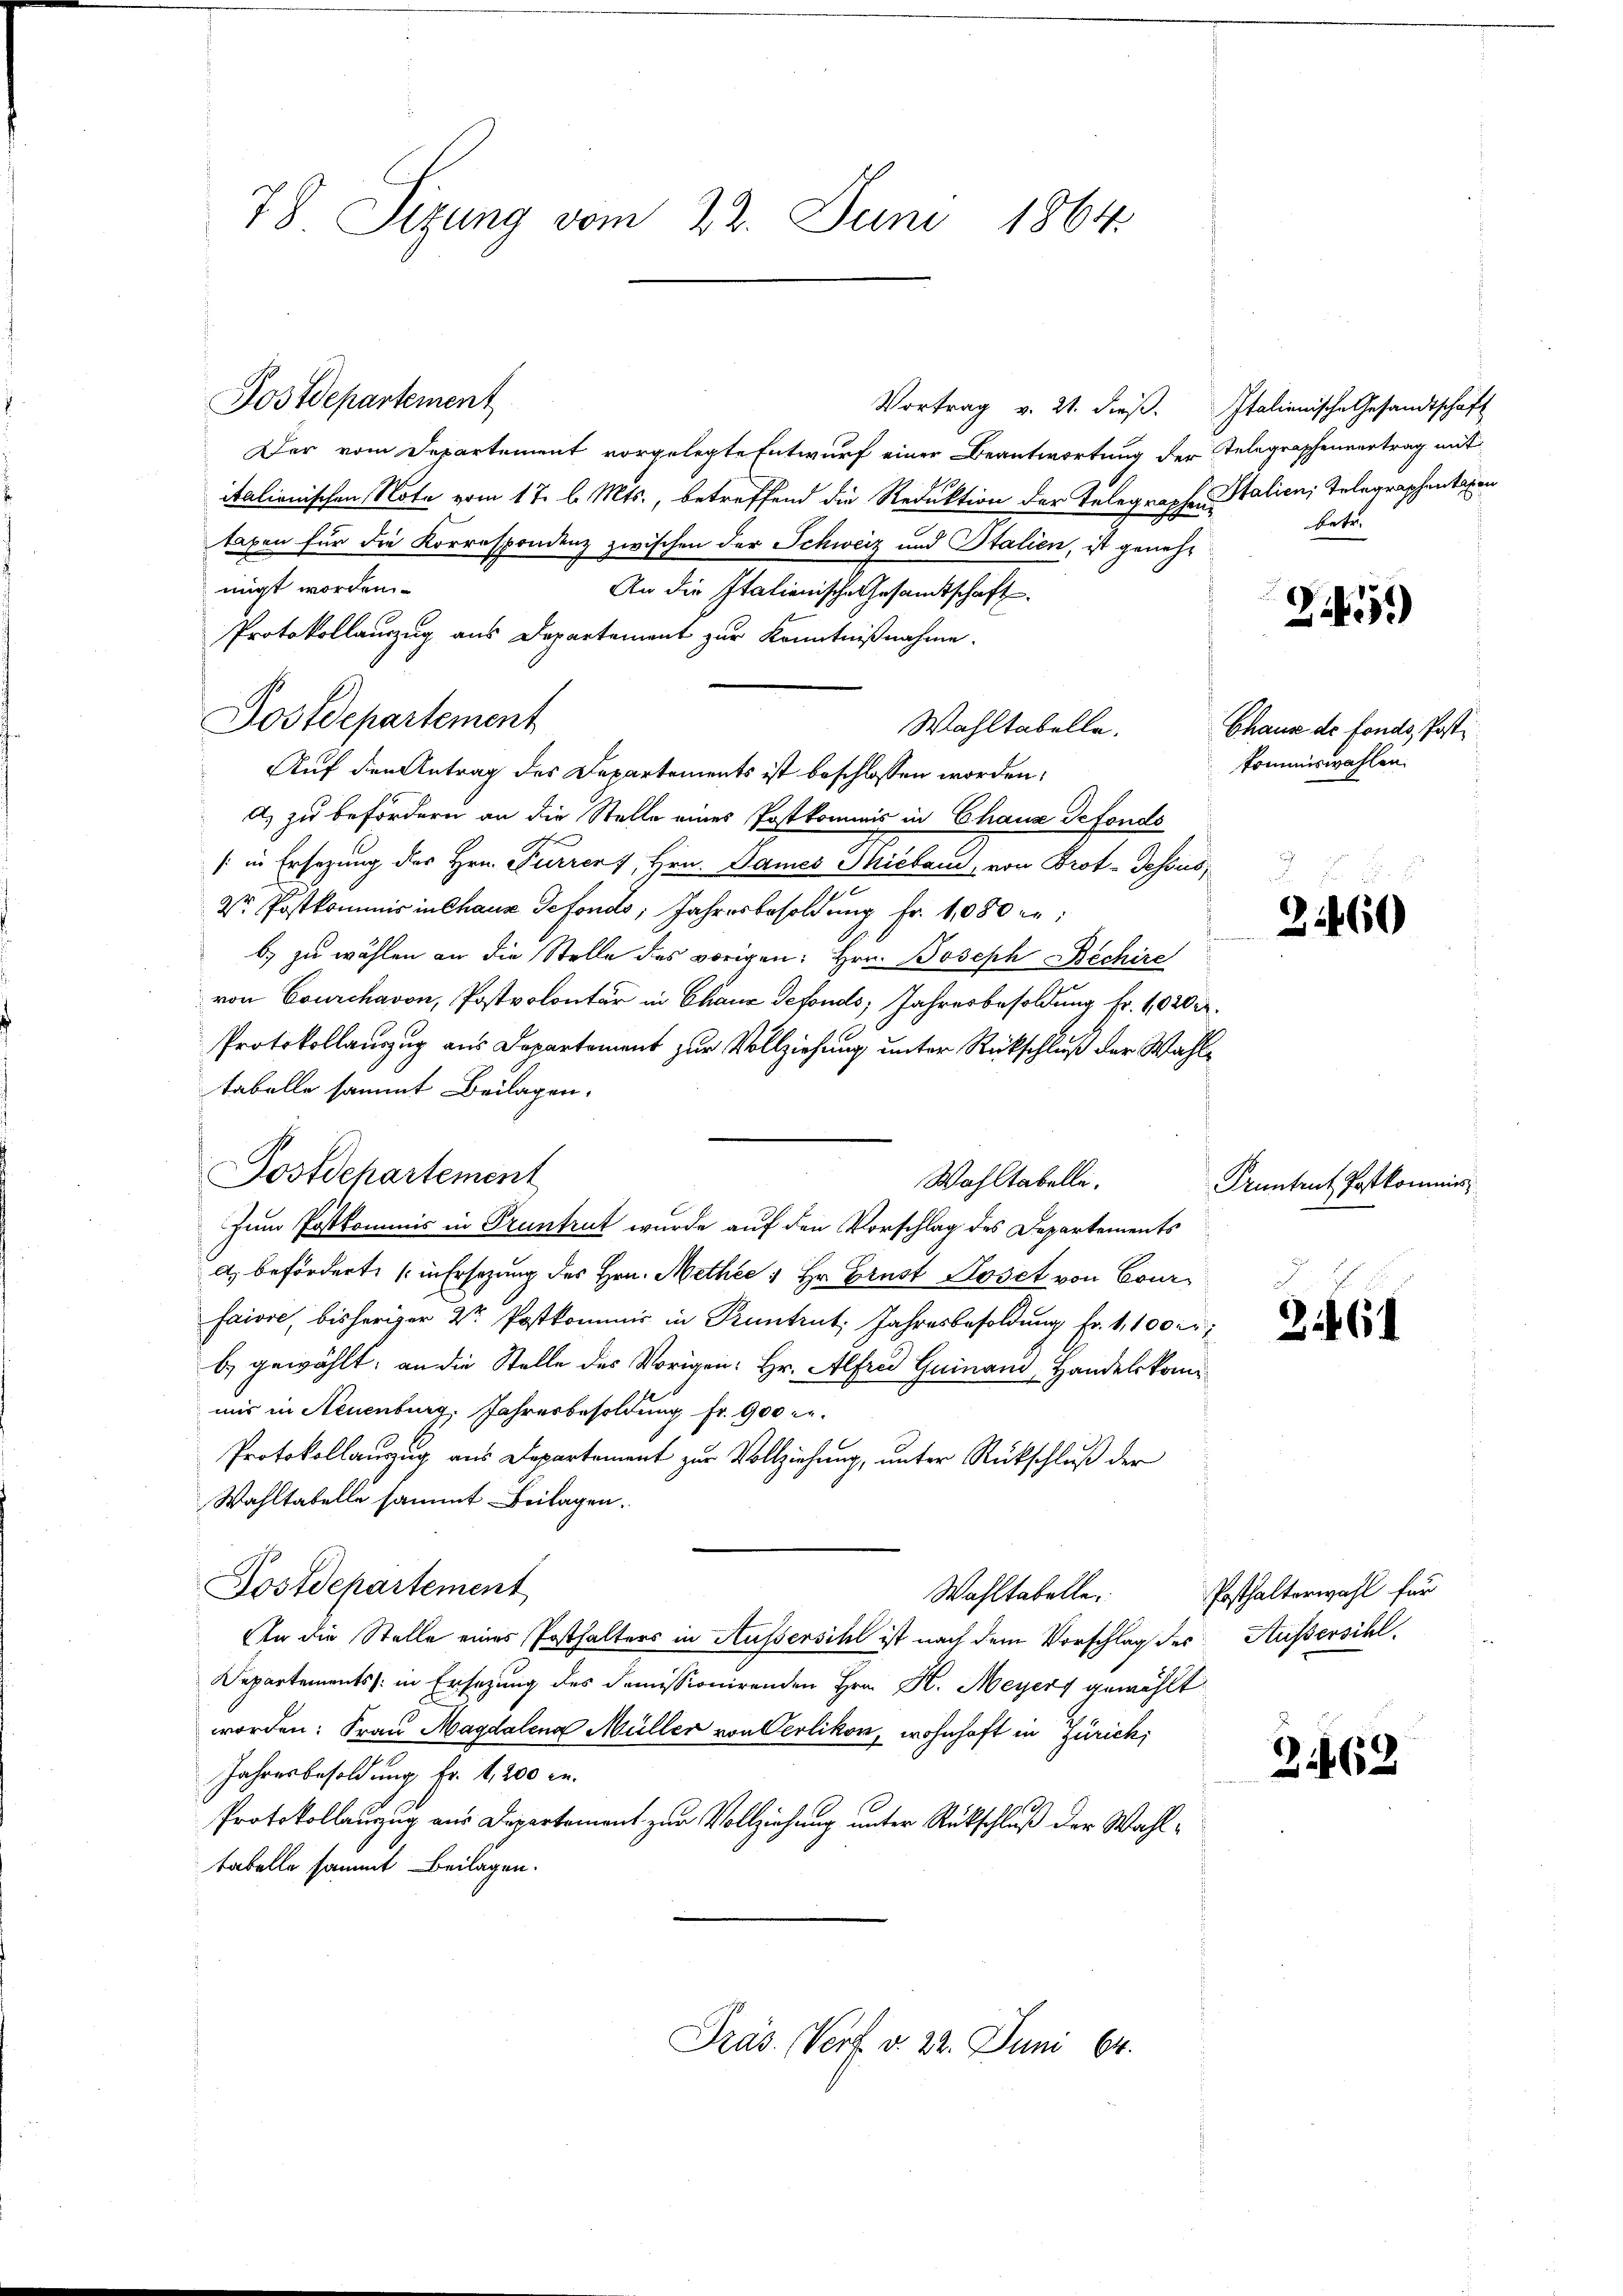
78 Sizung vom 22. Juni 1864.

Vortrag v. 21. dieβ. Italienische Gesandtschaft
Der vom Departement vorgelegte Entwurf einer Beantwortung der Telegraphenvertrag mit
italionischen Note vom 17. d. Mts., betreffend die Reduktion der Telegraphen Italien, Telegraphentagen
taxen für die Korrespondenz zwischen der Schweiz und Stalien, ist genehnigt worden
An die Italienische Gesandtschaft
Protokollauszug aus Departement zur Kenntnißnahme.
Wahltabella.
Auf den Antrag des Departements ist beschlossen worden;
a) zu befördern an die Stelle eines Postkommis in Chaus Defonds
(in Ersezung des Hrn. Furrers, Hrn. Dames Micband, von Prot. Dessus,
Dr. Postkommis in Chaus Gefonds, Jahresbesoldung Fr. 1080 er:
b) zu wählen an die Stelle des vorigen Hrn. Boseph Bechire
von Courchavon, Postvolontär in Chaux defonds, Jahresbesoldung Fr. 1020 r
Protokollauszug aus Departement zur Vollziehung unter Rückschluß der Wahltabelle sammt Beilagen.
Postdepartement
Wahltabelle.
Zum Postkommis in Pruntrut wurde auf den Vorschlag des Departements
A. beförderte (in Ersezung des Hrn. Methee 1 Hr. Ernst Roset von Courfaiore, bisheriger 2te Postkommis in Kuntrut Jahresbesoldung Fr. 1,100 er
b) gewählt; an die Stelle des Vorigen: Hr. Alfred Guinand, Handelskommir in Neuenburg, Jahresbesoldung fr. 900 c.
Protokollauszug aus Departement zur Vollziehung, unter Rückschluß der
Wahltabelle sammt Beilagen.
Postdepartement
Wahltabelle
An die Stelle eines Posthalters in Aussersihl ist nach dem Vorschlag des Außersihl.
Departements in Ersetzung des domissionirenden Hrn. H. Meyers gewählt
worden: Frau Magdalena Müller von Oerlikon, wohnhaft in Zürich,
Jahresbesoldung Fr. 1,200 r.
Protokollanzug aus Departement zur Vollziehung unter Rückschluß der Wahltabelle sammt Beilagen.

Postdepartement

Dostdepartement

Präs. Verf. v. 22. Juni 64.

Retr

Zi

Chaus de fonds, Posti
kommiswahlen.

260

Pruntrut Postkommis

264

Posthalterwahl für

2462